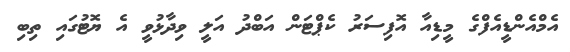
އެމްއެންޑީއެފްގެ މީޑިއާ އޮފިސަރު ކެޕްޓަން އަބްދު އަލީ ވިދާޅުވީ އެ ޔޮޓުގައި ތިބި